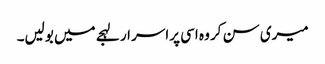
میری سن کر وہ اسی پراسر ار لہجے میں بولیں۔